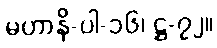
မဟာနိ-ပါ-၁၆၊ ဋ္ဌ-၇၂။